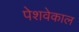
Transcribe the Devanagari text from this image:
पेशवेकाल